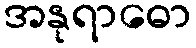
အနုရာဓော